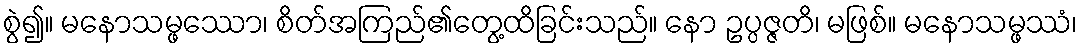
စွဲ၍။ မနောသမ္ဖဿော၊ စိတ်အကြည်၏တွေ့ထိခြင်းသည်။ နော ဥပ္ပဇ္ဇတိ၊ မဖြစ်။ မနောသမ္ဖဿံ၊